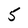
Character: 5